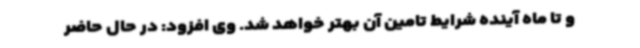
و تا ماه آینده شرایط تامین آن بهتر خواهد شد. وی افزود: در حال حاضر